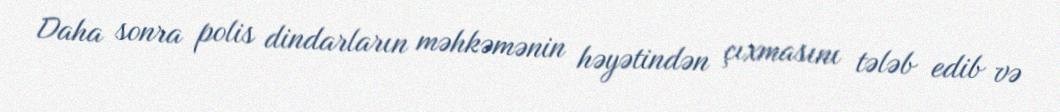
Daha sonra polis dindarların məhkəmənin həyətindən çıxmasını tələb edib və